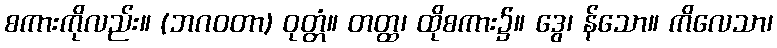
စကားကိုလည်း။ (ဘဂဝတာ) ဝုတ္တံ။ တတ္ထ၊ ထိုစကား၌။ ဒွေ၊ န်သော။ ကိလေသာ၊